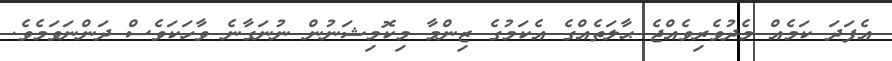
އެފަދަ ކަމެއް މެދުވެރިވެއްޖެ ޙާލަތެއްގެ އެކަމުގެ ޒިންމާ މިކޮމިޝަނުން ނުނަގާނެ ވާހަކަވެސް ދަންނަވަމެވެ.